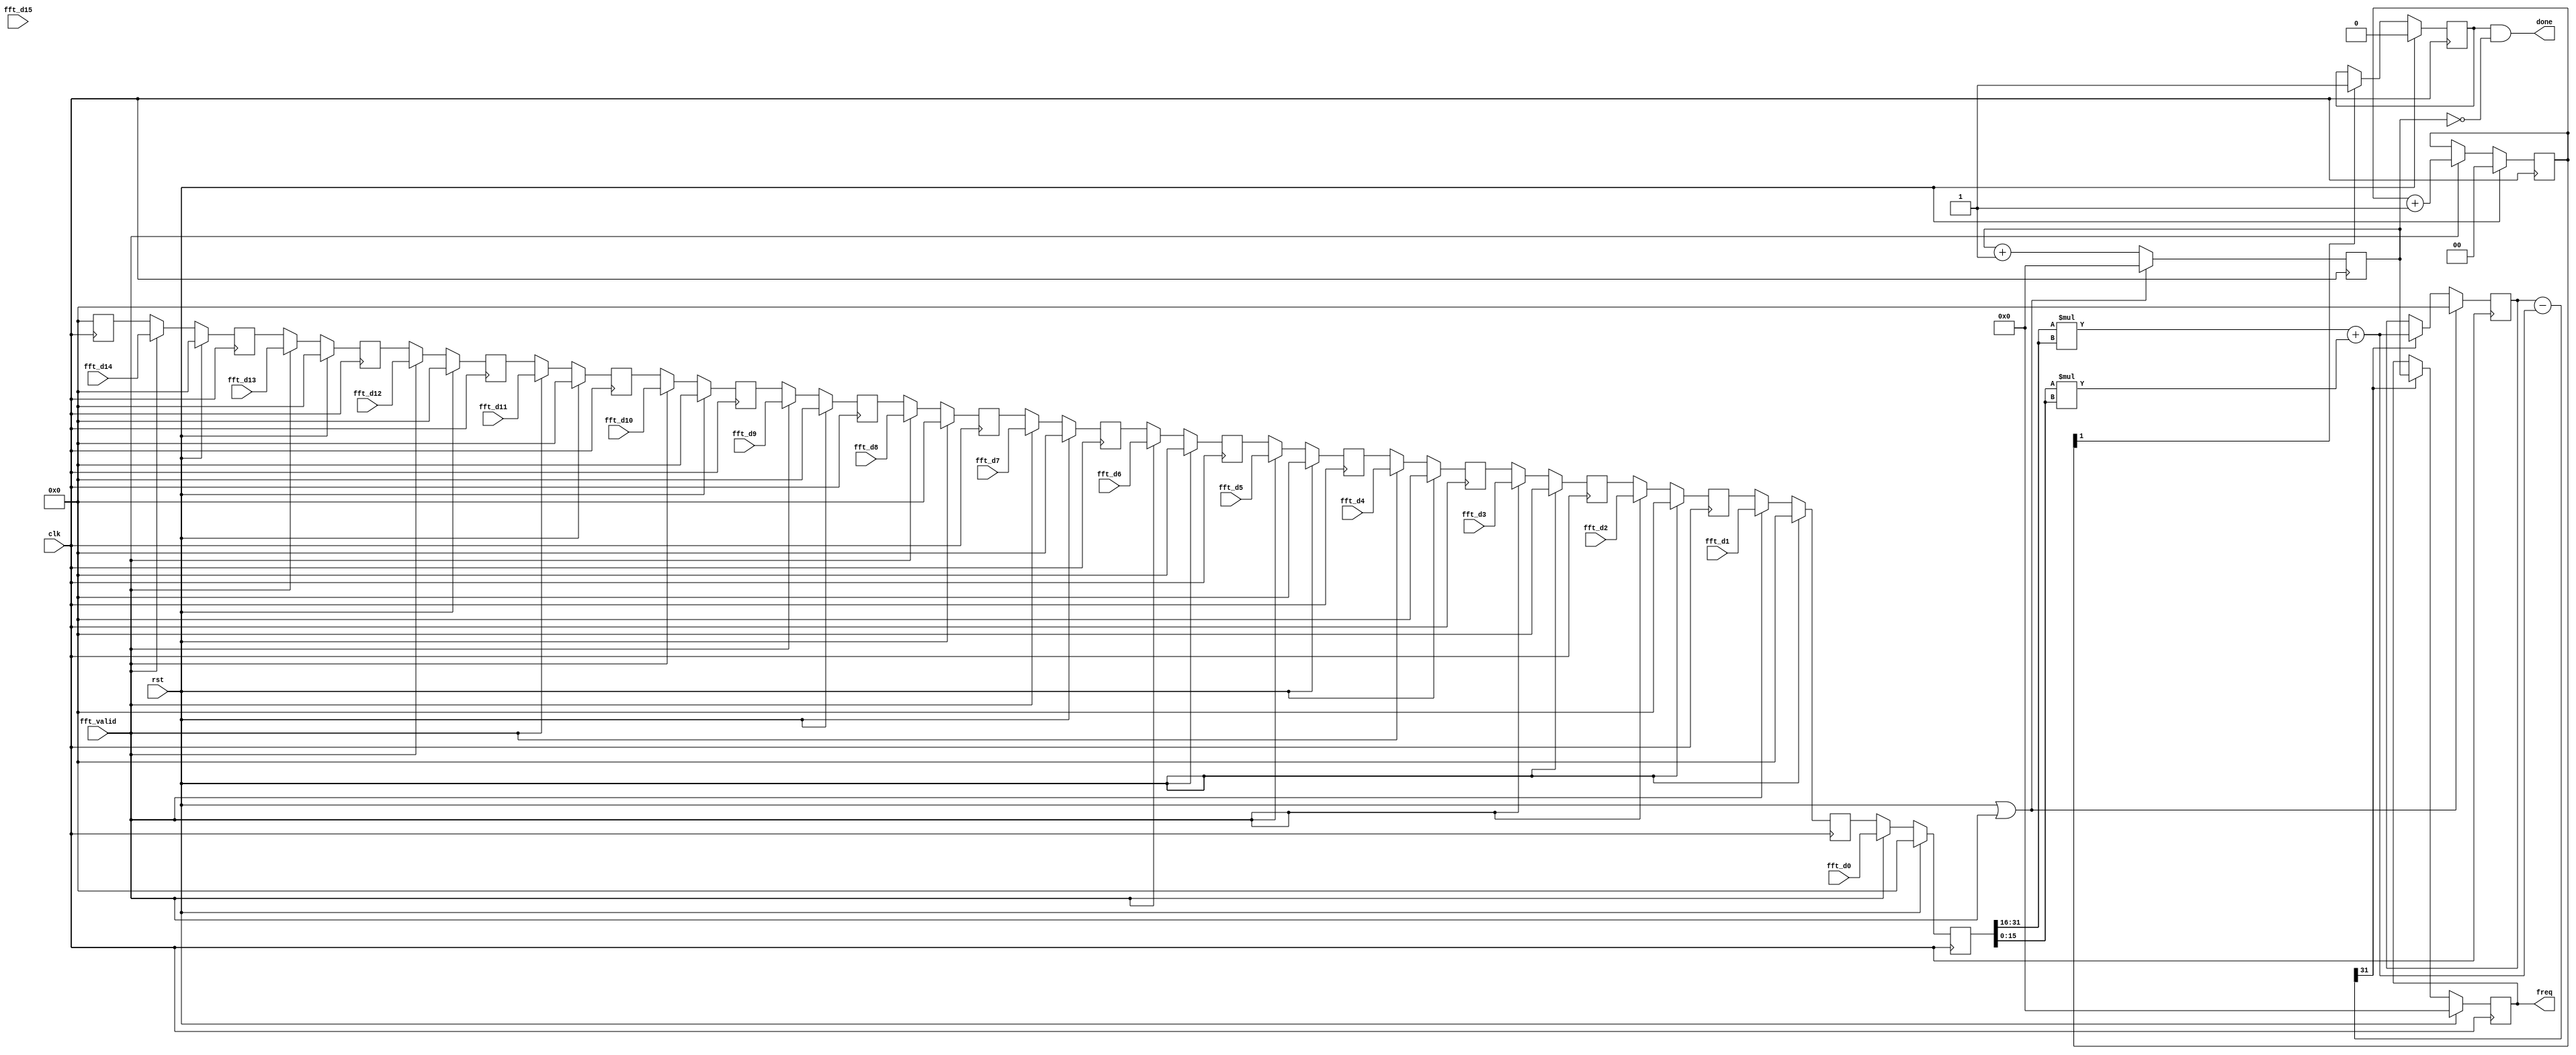
module ANA(
           fft_valid,
           fft_d0,
           fft_d1,
           fft_d2,
           fft_d3,
           fft_d4,
           fft_d5,
           fft_d6,
           fft_d7,
           fft_d8,
           fft_d9,
           fft_d10,
           fft_d11,
           fft_d12,
           fft_d13,
           fft_d14,
           fft_d15,
           clk,
           rst,
           done,
           freq);

input              fft_valid;
input       [31:0] fft_d0;
input       [31:0] fft_d1;
input       [31:0] fft_d2;
input       [31:0] fft_d3;
input       [31:0] fft_d4;
input       [31:0] fft_d5;
input       [31:0] fft_d6;
input       [31:0] fft_d7;
input       [31:0] fft_d8;
input       [31:0] fft_d9;
input       [31:0] fft_d10;
input       [31:0] fft_d11;
input       [31:0] fft_d12;
input       [31:0] fft_d13;
input       [31:0] fft_d14;
input       [31:0] fft_d15;
input              clk;
input              rst;
output             done;
output      [3:0]  freq;

wire signed [15:0] a;
wire signed [15:0] b;
wire        [31:0] s1;
wire        [31:0] s2;
wire        [31:0] square_sum;
wire        [31:0] tmp;
wire               flag;
reg         [31:0] r_data [0:15];
reg         [31:0] r_max;
reg         [3:0]  freq;
reg         [3:0]  cnt;
reg         [1:0]  _ref;
reg                start;

integer i;

// ====================================== Register File ======================================
always @(posedge clk) begin
    if (rst) 
        for (i = 0; i < 16; i = i + 1) 
            r_data[i] <= 32'b0;
    else if (fft_valid) begin
        r_data[0]  <= fft_d0;
        r_data[1]  <= fft_d1;
        r_data[2]  <= fft_d2;
        r_data[3]  <= fft_d3;
        r_data[4]  <= fft_d4;
        r_data[5]  <= fft_d5;
        r_data[6]  <= fft_d6;
        r_data[7]  <= fft_d7;
        r_data[8]  <= fft_d8;
        r_data[9]  <= fft_d9;
        r_data[10] <= fft_d10;
        r_data[11] <= fft_d11;
        r_data[12] <= fft_d12;
        r_data[13] <= fft_d13;
        r_data[14] <= fft_d14;
        r_data[15] <= fft_d15;
    end
    else
        for (i = 0; i < 15; i = i + 1) 
            r_data[i] <= r_data[i + 1];
        r_data[15] <= 32'b0;
end
// ===========================================================================================

// ======================================== Calculate ========================================
assign a = r_data[0][31:16];
assign b = r_data[0][15:0];
assign s1 = a * a;
assign s2 = b * b;
assign square_sum = s1 + s2;
assign tmp = r_max - square_sum;
assign flag = tmp[31];
// ===========================================================================================

// ====================================== Maximum Value ======================================
always @(posedge clk) begin
    if (rst | fft_valid) r_max <= 32'b0;
    else if (flag) r_max <= square_sum;
end
// ===========================================================================================

// ========================================== Output =========================================
always @(posedge clk) begin
    if (rst | fft_valid) cnt <= 4'b0;
    else cnt <= cnt + 4'b1;
end

always @(posedge clk) begin
    if (rst) _ref <= 2'b0;
    else if (fft_valid) _ref <= _ref + 2'b1;
end

always @(posedge clk) begin
    if (rst) start <= 1'b0;
    else if (_ref[1]) start <= 1'b1;
end

always @(posedge clk) begin
    if (rst) freq <= 4'b0;
    else if (flag) freq <= cnt;
end

assign done = start & (cnt == 4'b0);
// ===========================================================================================

endmodule